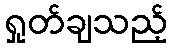
ရှုတ်ချသည့်